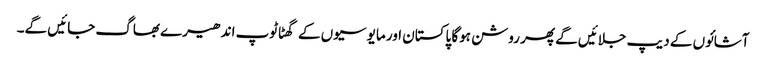
آشائوں کے دیپ جلائیں گے پھر روشن ہوگا پاکستان اور مایوسیوں کے گھٹاٹوپ اندھیرے بھاگ جائیں گے۔